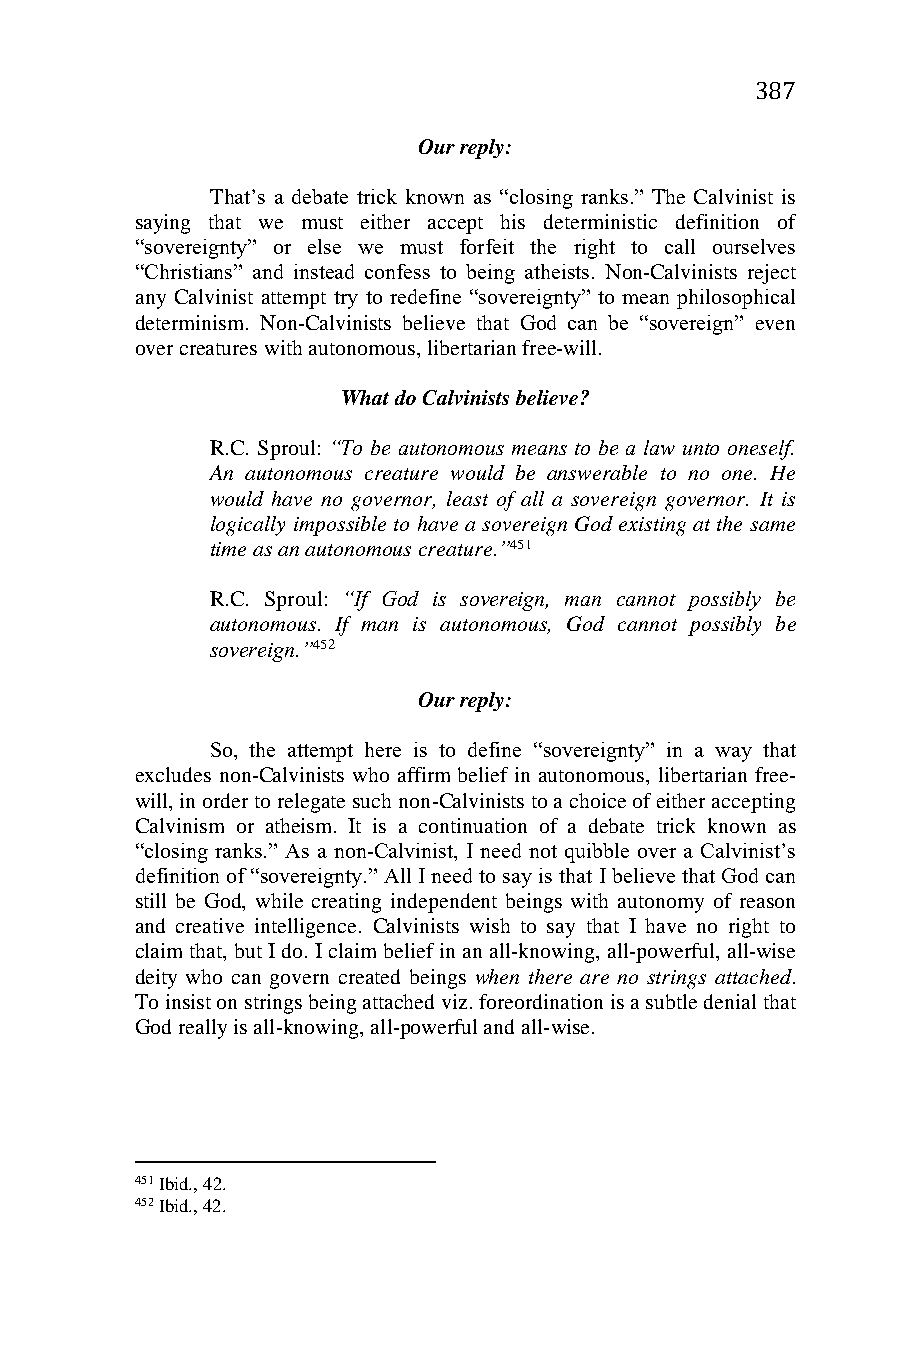
387
 Our reply:
 That’s a debate trick known as “closing ranks.” The Calvinist is
 saying that we must either accept his deterministic definition of
 “sovereignty” or else we must forfeit the right to call ourselves
 “Christians” and instead confess to being atheists. Non-Calvinists reject
 any Calvinist attempt try to redefine “sovereignty” to mean philosophical
 determinism. Non-Calvinists believe that God can be “sovereign” even
 over creatures with autonomous, libertarian free-will.
 What do Calvinists believe?
 R.C. Sproul: “To be autonomous means to be a law unto oneself.
 An autonomous creature would be answerable to no one. He
 would have no governor, least of all a sovereign governor. It is
 logically impossible to have a sovereign God existing at the same
 time as an autonomous creature.”451
 R.C. Sproul: “If God is sovereign, man cannot possibly be
 autonomous. If man is autonomous, God cannot possibly be
 sovereign.”452
 Our reply:
 So, the attempt here is to define “sovereignty” in a way that
 excludes non-Calvinists who affirm belief in autonomous, libertarian free-
 will, in order to relegate such non-Calvinists to a choice of either accepting
 Calvinism or atheism. It is a continuation of a debate trick known as
 “closing ranks.” As a non-Calvinist, I need not quibble over a Calvinist’s
 definition of “sovereignty.” All I need to say is that I believe that God can
 still be God, while creating independent beings with autonomy of reason
 and creative intelligence. Calvinists wish to say that I have no right to
 claim that, but I do. I claim belief in an all-knowing, all-powerful, all-wise
 deity who can govern created beings when there are no strings attached.
 To insist on strings being attached viz. foreordination is a subtle denial that
 God really is all-knowing, all-powerful and all-wise.
 451 Ibid., 42.
 452 Ibid., 42.